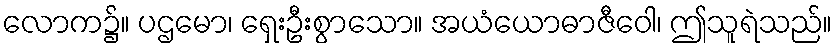
လောက၌။ ပဌမော၊ ရှေးဦးစွာသော။ အယံယောဓာဇီဝေါ၊ ဤသူရဲသည်။